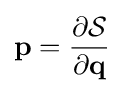
\mathbf {p} ={\frac {\partial {\mathcal {S}}}{\partial \mathbf {q} }}